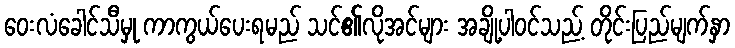
ဝေးလံခေါင်သီမှု ကာကွယ်ပေးရမည် သင်၏လိုအင်များ အချို့ပါဝင်သည့် တိုင်းပြည်မျက်နှာ